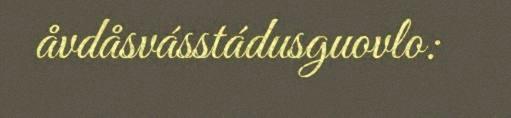
åvdåsvásstádusguovlo: